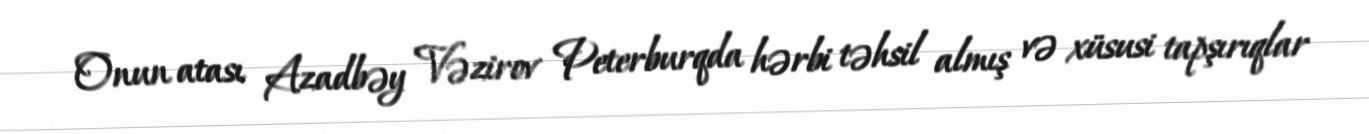
Onun atası Azadbəy Vəzirov Peterburqda hərbi təhsil almış və xüsusi tapşırıqlar